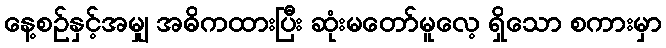
နေ့စဉ်နှင့်အမျှ အဓိကထားပြီး ဆုံးမတော်မူလေ့ ရှိသော စကားမှာ